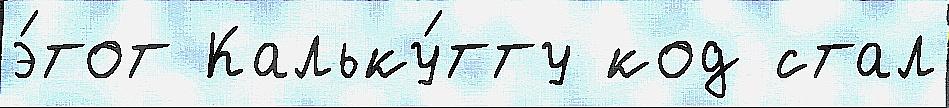
э́тот Кальку́тту код стал